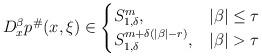
LaTeX: \begin{align*}D_x^\beta p^{\#}(x,\xi)\in \begin{cases}S^{m}_{1,\delta},&|\beta|\le \tau \\S^{m+\delta(|\beta|-r)}_{1,\delta}, & |\beta|>\tau\end{cases} \end{align*}